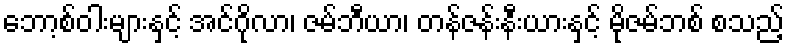
ဘော့စ်ဝါးများနှင့် အင်ဂိုလာ၊ ဇမ်ဘီယာ၊ တန်ဇန်းနီးယားနှင့် မိုဇမ်ဘစ် စသည့်